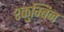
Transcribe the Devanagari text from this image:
श्कुम्बिन